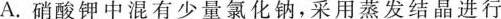
A. 硝酸钾中混有少量氯化钠，采用蒸发结晶进行